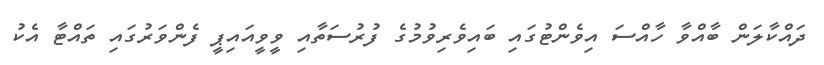
ދައްކާލަން ބާއްވާ ހާއްސަ އިވެންޓުގައި ބައިވެރިވުމުގެ ފުރުސަތާއި ވީވީއައިޕީ ފެންވަރުގައި ތައްޓާ އެކު